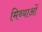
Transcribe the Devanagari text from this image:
मिथ्याओं